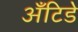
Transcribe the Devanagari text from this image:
अँटिडे